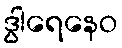
ဒွါရေနေဝ